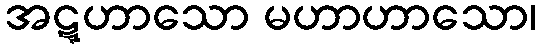
အဋ္ဋဟာသော မဟာဟာသော၊